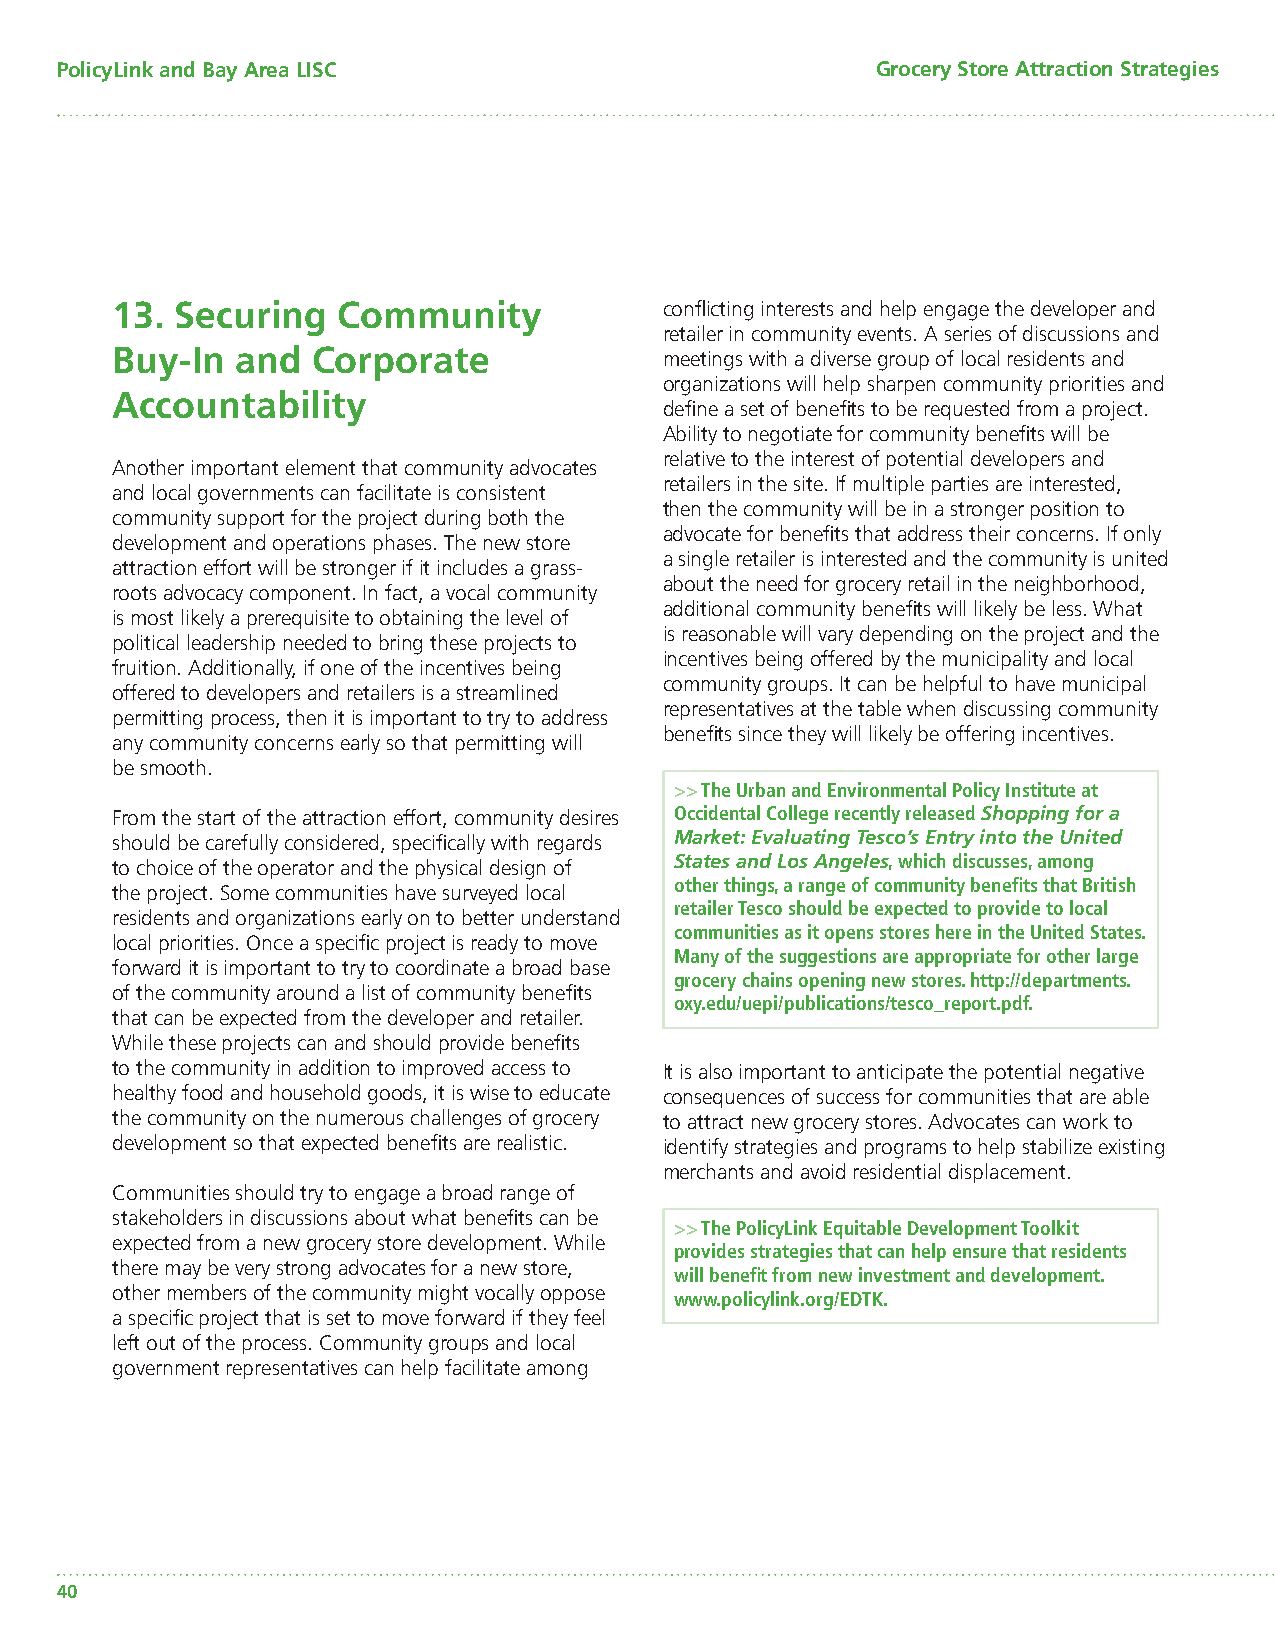
PolicyLink and Bay Area LISC                          Grocery Store Attraction Strategies
 13.  Securing  Community             confl icting interests and help engage the developer and
 retailer in community events. A series of discussions and
 Buy-In   and  Corporate              meetings with a diverse group of local residents and
 organizations will help sharpen community priorities and
 Accountability
 defi ne a set of benefi ts to be requested from a project.
 Ability to negotiate for community benefi ts will be
 relative to the interest of potential developers and
 Another important element that community advocates
 retailers in the site. If multiple parties are interested,
 and local governments can facilitate is consistent
 then the community will be in a stronger position to
 community support for the project during both the
 advocate for benefi ts that address their concerns. If only
 development and operations phases. The new store
 a single retailer is interested and the community is united
 attraction effort will be stronger if it includes a grass-
 about the need for grocery retail in the neighborhood,
 roots advocacy component. In fact, a vocal community
 additional community benefi ts will likely be less. What
 is most likely a prerequisite to obtaining the level of
 is reasonable will vary depending on the project and the
 political leadership needed to bring these projects to
 incentives being offered by the municipality and local
 fruition. Additionally, if one of the incentives being
 community groups. It can be helpful to have municipal
 offered to developers and retailers is a streamlined
 representatives at the table when discussing community
 permitting process, then it is important to try to address
 benefi ts since they will likely be offering incentives.
 any community concerns early so that permitting will
 be smooth.
 >> The Urban and Environmental Policy Institute at
 From the start of the attraction effort, community desires Occidental College recently released Shopping for a
 should be carefully considered, specifi cally with regards Market: Evaluating Tesco’s Entry into the United
 to choice of the operator and the physical design of States and Los Angeles, which discusses, among
 other things, a range of community benefi ts that British
 the project. Some communities have surveyed local
 retailer Tesco should be expected to provide to local
 residents and organizations early on to better understand
 communities as it opens stores here in the United States.
 local priorities. Once a specifi c project is ready to move
 Many of the suggestions are appropriate for other large
 forward it is important to try to coordinate a broad base
 grocery chains opening new stores. http://departments.
 of the community around a list of community benefi ts
 oxy.edu/uepi/publications/tesco_report.pdf.
 that can be expected from the developer and retailer.
 While these projects can and should provide benefi ts
 to the community in addition to improved access to It is also important to anticipate the potential negative
 healthy food and household goods, it is wise to educate consequences of success for communities that are able
 the community on the numerous challenges of grocery to attract new grocery stores. Advocates can work to
 development so that expected benefi ts are realistic. identify strategies and programs to help stabilize existing
 merchants and avoid residential displacement.
 Communities should try to engage a broad range of
 stakeholders in discussions about what benefi ts can be
 >> The PolicyLink Equitable Development Toolkit
 expected from a new grocery store development. While
 provides strategies that can help ensure that residents
 there may be very strong advocates for a new store,
 will benefi t from new investment and development.
 other members of the community might vocally oppose www.policylink.org/EDTK.
 a specifi c project that is set to move forward if they feel
 left out of the process. Community groups and local
 government representatives can help facilitate among
 40